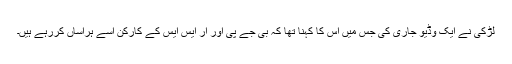
لڑکی نے ایک وڈیو جاری کی جس میں اس کا کہنا تھا کہ بی جے پی اور آر ایس ایس کے کارکن اسے ہراساں کررہے ہیں۔